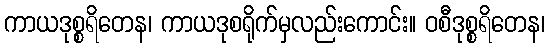
ကာယဒုစ္စရိတေန၊ ကာယဒုစရိုက်မှလည်းကောင်း။ ဝစီဒုစ္စရိတေန၊